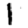
Digit: 1